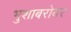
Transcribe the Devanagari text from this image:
भुशाबरोबर